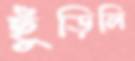
ছুঁড়িলি